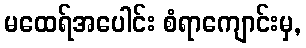
မထေရ်အပေါင်း စံရာကျောင်းမှ,